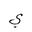
Letter: _ya